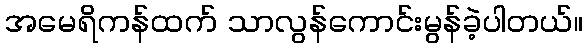
အမေရိကန်ထက် သာလွန်ကောင်းမွန်ခဲ့ပါတယ်။